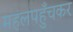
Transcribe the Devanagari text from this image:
महलपहुँचकर